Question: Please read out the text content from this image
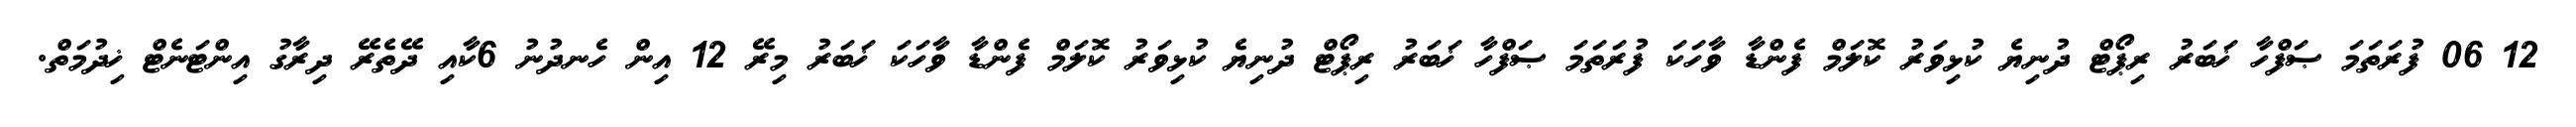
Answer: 12 06 ފުރަތަމަ ޞަފްހާ ޚަބަރު ރިޕޯޓް ދުނިޔެ ކުޅިވަރު ކޮލަމް ފެންޑާ ވާހަކަ ފުރަތަމަ ޞަފްހާ ޚަބަރު ރިޕޯޓް ދުނިޔެ ކުޅިވަރު ކޮލަމް ފެންޑާ ވާހަކަ ޚަބަރު މިރޭ 12 އިން ހެނދުނު 6ކާއި ދޭތެރޭ ދިރާގު އިންޓަނެޓް ޚިދުމަތް.